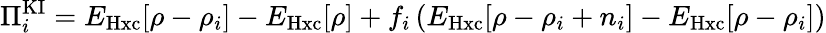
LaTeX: \Pi_{i}^{\mathrm{KI}}=E_{\mathrm{Hxc}}[\rho-\rho_{i}]-E_{\mathrm{Hxc}}[\rho]+f_{i}\left(E_{\mathrm{Hxc}}[\rho-\rho_{i}+n_{i}]-E_{\mathrm{Hxc}}[\rho-\rho_{i}]\right)